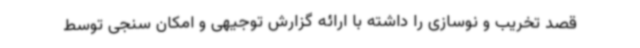
قصد تخریب و نوسازی را داشته با ارائه گزارش توجیهی و امکان سنجی توسط